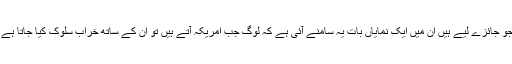
وہ کہتے ہیں’’مجھے ڈر ہے کہ اس پالیسی کا منفی اثر ہوگا کیوں کہ ہم نے رائے عامہ کے جو جائزے لیے ہیں ان میں ایک نمایاں بات یہ سامنے آئی ہے کہ لوگ جب امریکہ آتے ہیں تو ان کے ساتھ خراب سلوک کیا جاتا ہے اور یہ اندیشہ بھی موجود ہے کہ تارکین وطن کے ساتھ امریکہ میں اچھا سلوک نہیں کیا جاتا۔